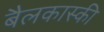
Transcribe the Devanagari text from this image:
बैलकास्की